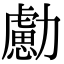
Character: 勴